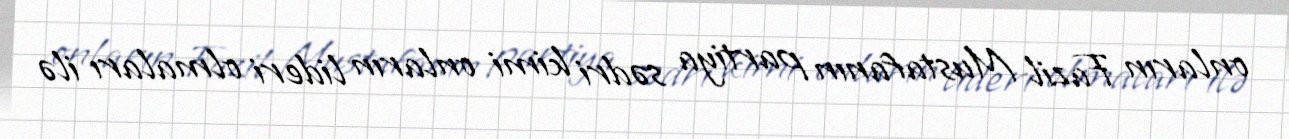
onların Fazil Mustafanın partiya sədri kimi onların lideri olmaları ilə